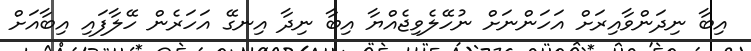
އިބާ ނިދަންވާއިރަށް އަހަންނަށް ނުހޭލެވިޖެއްޔާ އިބާ ނިދާ އިނގޭ އަހަރެން ހޭލާފައި އިބާއަށް